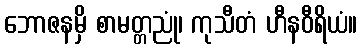
ဘောဇနမှိ စာမတ္တညုံ၊ ကုသီတံ ဟီနဝီရိယံ။